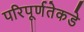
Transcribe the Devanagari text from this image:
परिपूर्णतेकडे